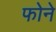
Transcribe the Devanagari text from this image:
फोने